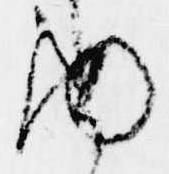
ま